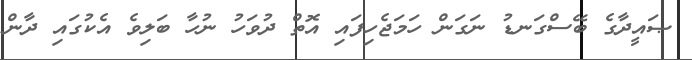
ޞައީދާގެ ބޭސްގަނޑު ނަގަން ހަމަޖެހިފައި އޮތް ދުވަހު ނުހާ ބަލިވެ އެކުގައި ދާން